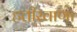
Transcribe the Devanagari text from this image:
हत्तीखाणा